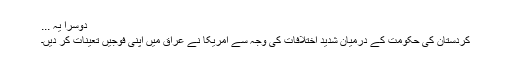
دوسرا یہ ...
کردستان کی حکومت کے درمیان شدید اختلافات کی وجہ سے امریکا نے عراق میں اپنی فوجیں تعینات کر دیں۔